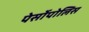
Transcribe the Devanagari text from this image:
पेर्सोपोलिस